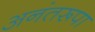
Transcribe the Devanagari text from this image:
अनंतरूपा